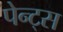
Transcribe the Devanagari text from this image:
पेन्ट्स